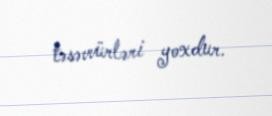
təsəvvürləri yoxdur.